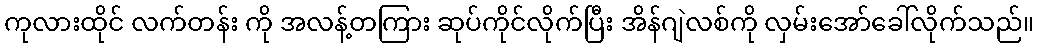
ကုလားထိုင် လက်တန်း ကို အလန့်တကြား ဆုပ်ကိုင်လိုက်ပြီး အိန်ဂျဲလစ်ကို လှမ်းအော်ခေါ်လိုက်သည်။